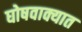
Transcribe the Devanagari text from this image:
घोषवाक्यात